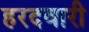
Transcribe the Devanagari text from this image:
हरदवारी